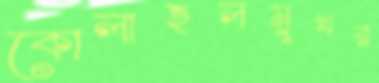
কোলাহলমুখর